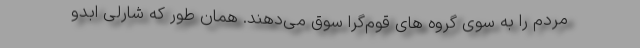
مردم را به سوی گروه های قوم‌گرا سوق می‌دهند. همان طور که شارلی ابدو